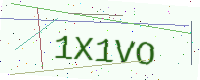
Text: 1X1VO